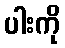
ပါးကို